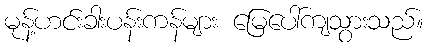
မုန့်ဟင်းခါးပန်းကန်များ မြေပေါ်ကျသွားသည်။